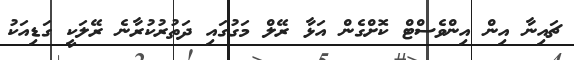
ޗައިނާ އިން އިންވެސްޓް ކޮށްގެން އަޅާ ރޭލް މަގުގައި ދަތުރުކުރާނެ ރޭލަކީ ގަޑިއަކު